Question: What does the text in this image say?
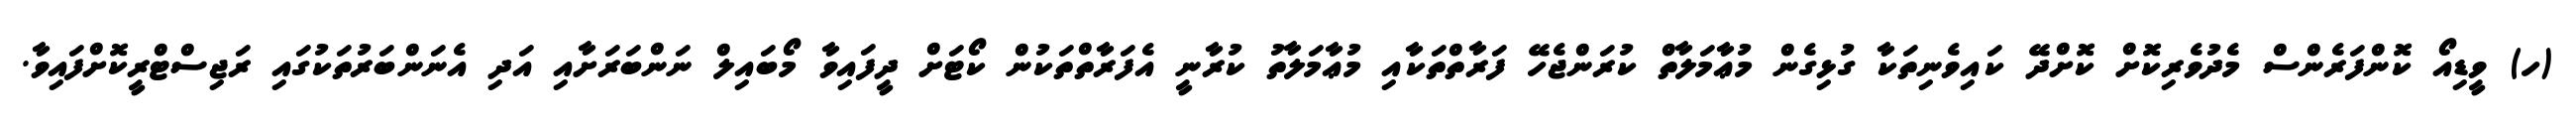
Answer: (ހ) ވީޑިއޯ ކޮންފަރެންސް މެދުވެރިކޮށް ކޮށްދޭ ކައިވެނިތަކާ ގުޅިގެން މުޢާމަލާތް ކުރަންޖެހޭ ފަރާތްތަކާއި މުޢާމަލާތު ކުރާނީ އެފަރާތްތަކުން ކޯޓަށް ދީފައިވާ މޯބައިލް ނަންބަރަށާއި އަދި އެނަންބަރުތަކުގައި ރަޖިސްޓްރީކޮށްފައިވާ.